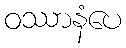
ဝဿာနံပေ